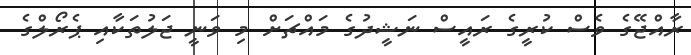
ރާއްޖޭގެ ވެސް ކުރީގެ ރައީސް ނަޝީދުގެ މައްޗަށް މި ވަނީ ޖަލުތަކާއި ޕެރޯލްގެ